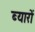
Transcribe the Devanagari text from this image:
ब्यारों